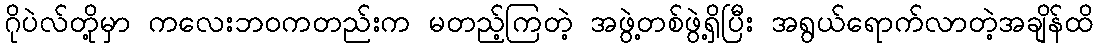
ဂိုပဲလ်တို့မှာ ကလေးဘဝကတည်းက မတည့်ကြတဲ့ အဖွဲ့တစ်ဖွဲ့ရှိပြီး အရွယ်ရောက်လာတဲ့အချိန်ထိ